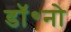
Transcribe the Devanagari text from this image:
डॉ॰नो